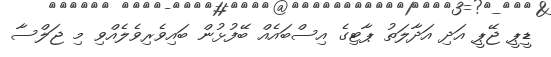
ޑީޕީ ޖޭޕީ އަދި އަދާލަތު ޕާޓިގެ އިސްބައެއް ބޭފުޅުން ބައިވެރިވެލެއްވި މި ޖަލްސާ